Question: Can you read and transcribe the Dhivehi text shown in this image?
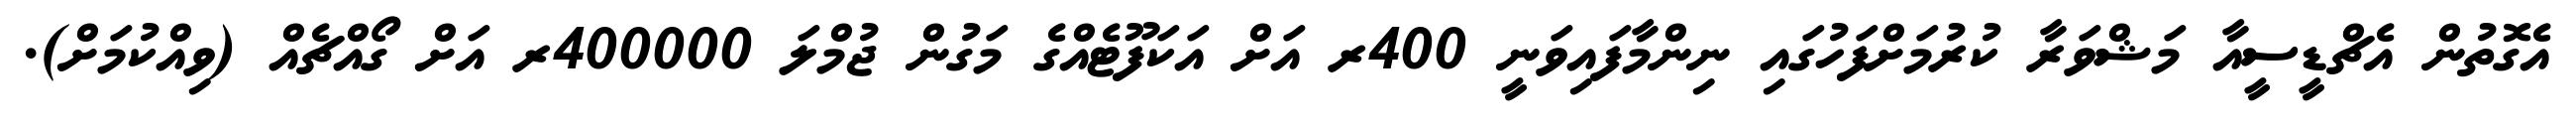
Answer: އެގޮތުން އެޗްޑީސީއާ މަޝްވަރާ ކުރުމަށްފަހުގައި ނިންމާފައިވަނީ 400ރ އަށް އަކަފޫޓެއްގެ މަގުން ޖުމްލަ 400000ރ އަށް ގޯއްޗެއް (ވިއްކުމަށް).